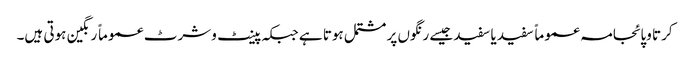
کرتا وپائجامہ عموماً سفید یا سفید جیسے رنگوں پر مشتمل ہوتا ہے جبکہ پینٹ وشرٹ عموماً رنگین ہوتی ہیں۔